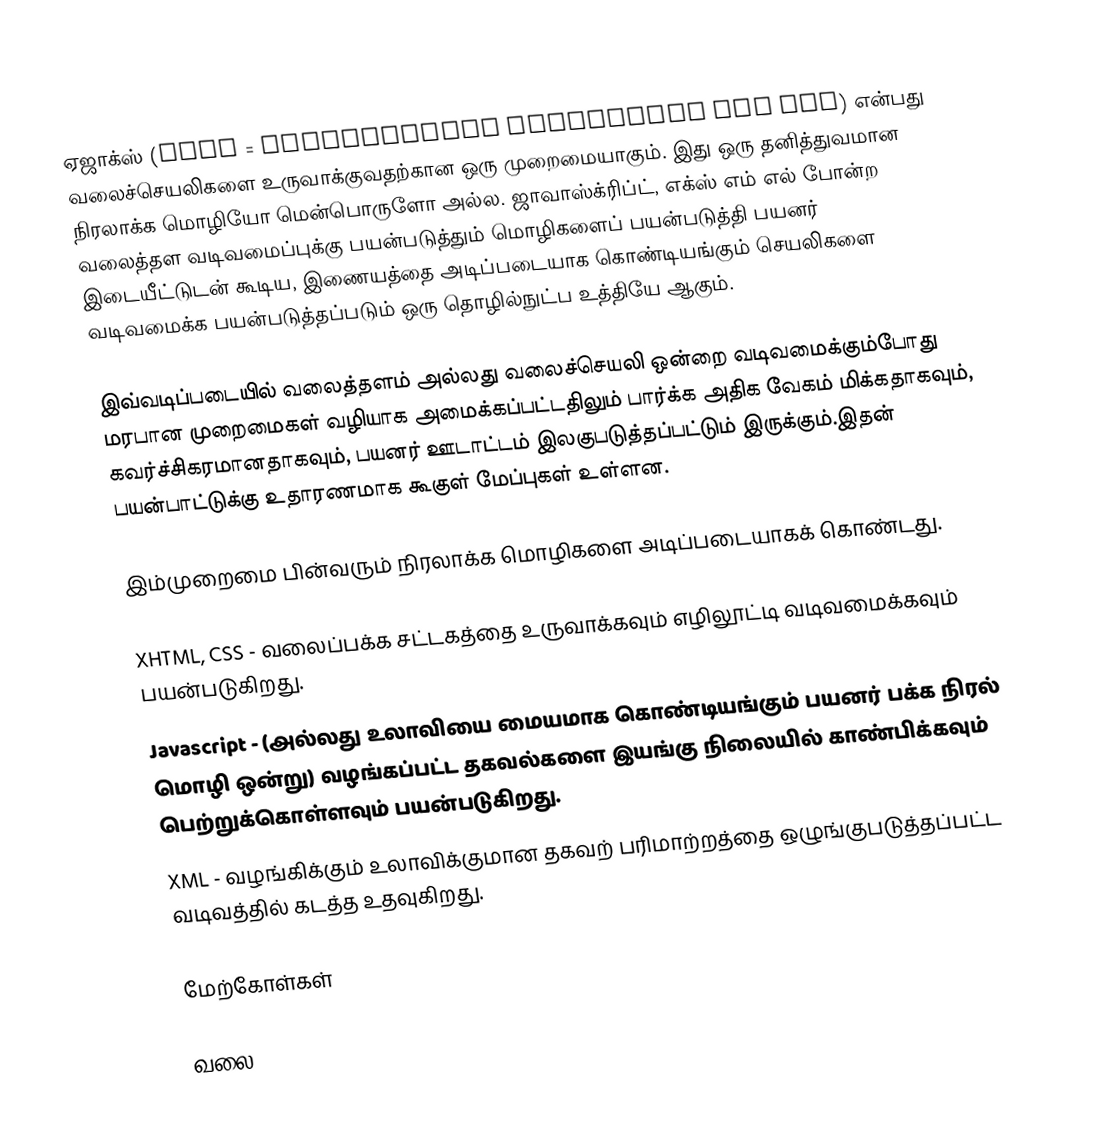
ஏஜாக்ஸ் (AJAX = Asynchronous JavaScript And XML) என்பது வலைச்செயலிகளை உருவாக்குவதற்கான ஒரு முறைமையாகும். இது ஒரு தனித்துவமான நிரலாக்க மொழியோ மென்பொருளோ அல்ல. ஜாவாஸ்க்ரிப்ட், எக்ஸ் எம் எல் போன்ற வலைத்தள வடிவமைப்புக்கு பயன்படுத்தும் மொழிகளைப் பயன்படுத்தி பயனர் இடையீட்டுடன் கூடிய, இணையத்தை அடிப்படையாக கொண்டியங்கும் செயலிகளை வடிவமைக்க பயன்படுத்தப்படும் ஒரு தொழில்நுட்ப உத்தியே ஆகும்.

இவ்வடிப்படையில் வலைத்தளம் அல்லது வலைச்செயலி ஒன்றை வடிவமைக்கும்போது மரபான முறைமைகள் வழியாக அமைக்கப்பட்டதிலும் பார்க்க அதிக வேகம் மிக்கதாகவும், கவர்ச்சிகரமானதாகவும், பயனர் ஊடாட்டம் இலகுபடுத்தப்பட்டும் இருக்கும்.இதன் பயன்பாட்டுக்கு உதாரணமாக கூகுள் மேப்புகள் உள்ளன.

இம்முறைமை பின்வரும் நிரலாக்க மொழிகளை அடிப்படையாகக் கொண்டது.

 XHTML, CSS - வலைப்பக்க சட்டகத்தை உருவாக்கவும் எழிலூட்டி வடிவமைக்கவும் பயன்படுகிறது.
 Javascript - (அல்லது உலாவியை மையமாக கொண்டியங்கும் பயனர் பக்க நிரல் மொழி ஒன்று) வழங்கப்பட்ட தகவல்களை இயங்கு நிலையில் காண்பிக்கவும் பெற்றுக்கொள்ளவும் பயன்படுகிறது.
 XML - வழங்கிக்கும் உலாவிக்குமான தகவற் பரிமாற்றத்தை ஒழுங்குபடுத்தப்பட்ட வடிவத்தில் கடத்த உதவுகிறது.

மேற்கோள்கள்

வலை 2.0